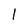
Character: l